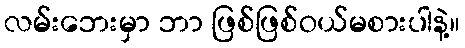
လမ်းဘေးမှာ ဘာ ဖြစ်ဖြစ်ဝယ်မစားပါနဲ့။